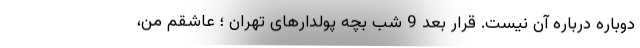
دوباره درباره آن نیست. قرار بعد 9 شب بچه پولدارهای تهران ؛ عاشقم من،